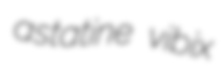
astatine vibix